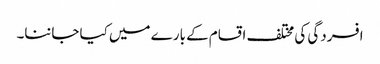
افسردگی کی مختلف اقسام کے بارے میں کیا جاننا۔